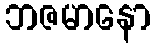
ဘဇမာနော